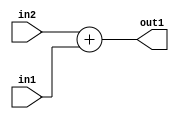
`timescale 1ps / 1ps
/*****************************************************************************
    Verilog RTL Description
    
    
    Created by: Stratus DpOpt 2019.1.01 
*******************************************************************************/

module fix2float_Add_23Sx1U_23S_4_2 (
	in2,
	in1,
	out1
	); /* architecture "behavioural" */ 
input [22:0] in2;
input  in1;
output [22:0] out1;
wire [22:0] asc001;

assign asc001 = 
	+(in2)
	+(in1);

assign out1 = asc001;
endmodule

/* CADENCE  urn4Tg8= : u9/ySgnWtBlWxVPRXgAZ4Og= ** DO NOT EDIT THIS LINE ******/